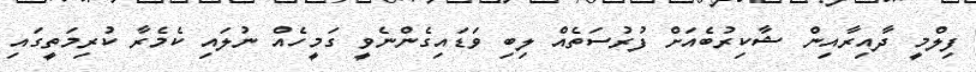
ފިލްމީ ދާއިރާއިން ޝާކިރުބެއަށް ފުރުސަތެއް ލިިބި ވަޑައިގެންނެވީ ގަމީހެއް ނުލައި ކެމެރާ ކުރިމަތީގައި